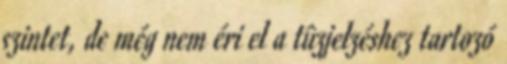
szintet, de még nem éri el a tûzjelzéshez tartozó